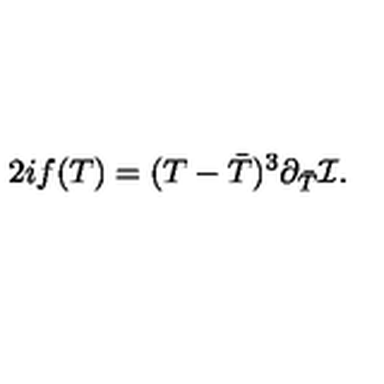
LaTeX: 2 i f ( T ) = ( T - { \bar { T } } ) ^ { 3 } \partial _ { \bar { T } } { \cal I } .